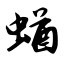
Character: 蝤